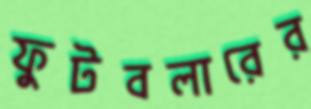
ফুটবলারের